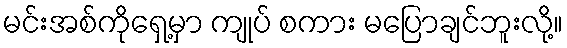
မင်းအစ်ကိုရှေ့မှာ ကျုပ် စကား မပြောချင်ဘူးလို့။